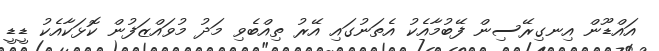
އައްޑޫން އިނގިރޭސިން ފޭބުމާއެކު އެތަނުގައި އޭރު ތިއްބެވި މަދު މުވައްޒަފުން ކޮޅަކާއެކު ޑީޑީ